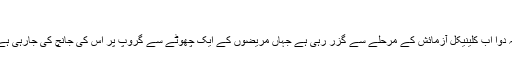
‘
یہ دوا اب کلینیکل آزمائش کے مرحلے سے گزر رہی ہے جہاں مریضوں کے ایک چھوٹے سے گروپ پر اس کی جانچ کی جارہی ہے۔